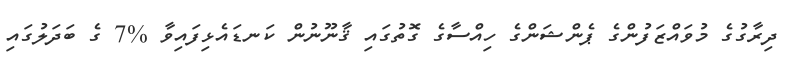
ދިރާގުގެ މުވައްޒަފުންގެ ޕެންޝަންގެ ހިއްސާގެ ގޮތުގައި ޤާނޫނުން ކަނޑައެޅިފައިވާ %7 ގެ ބަދަލުގައި